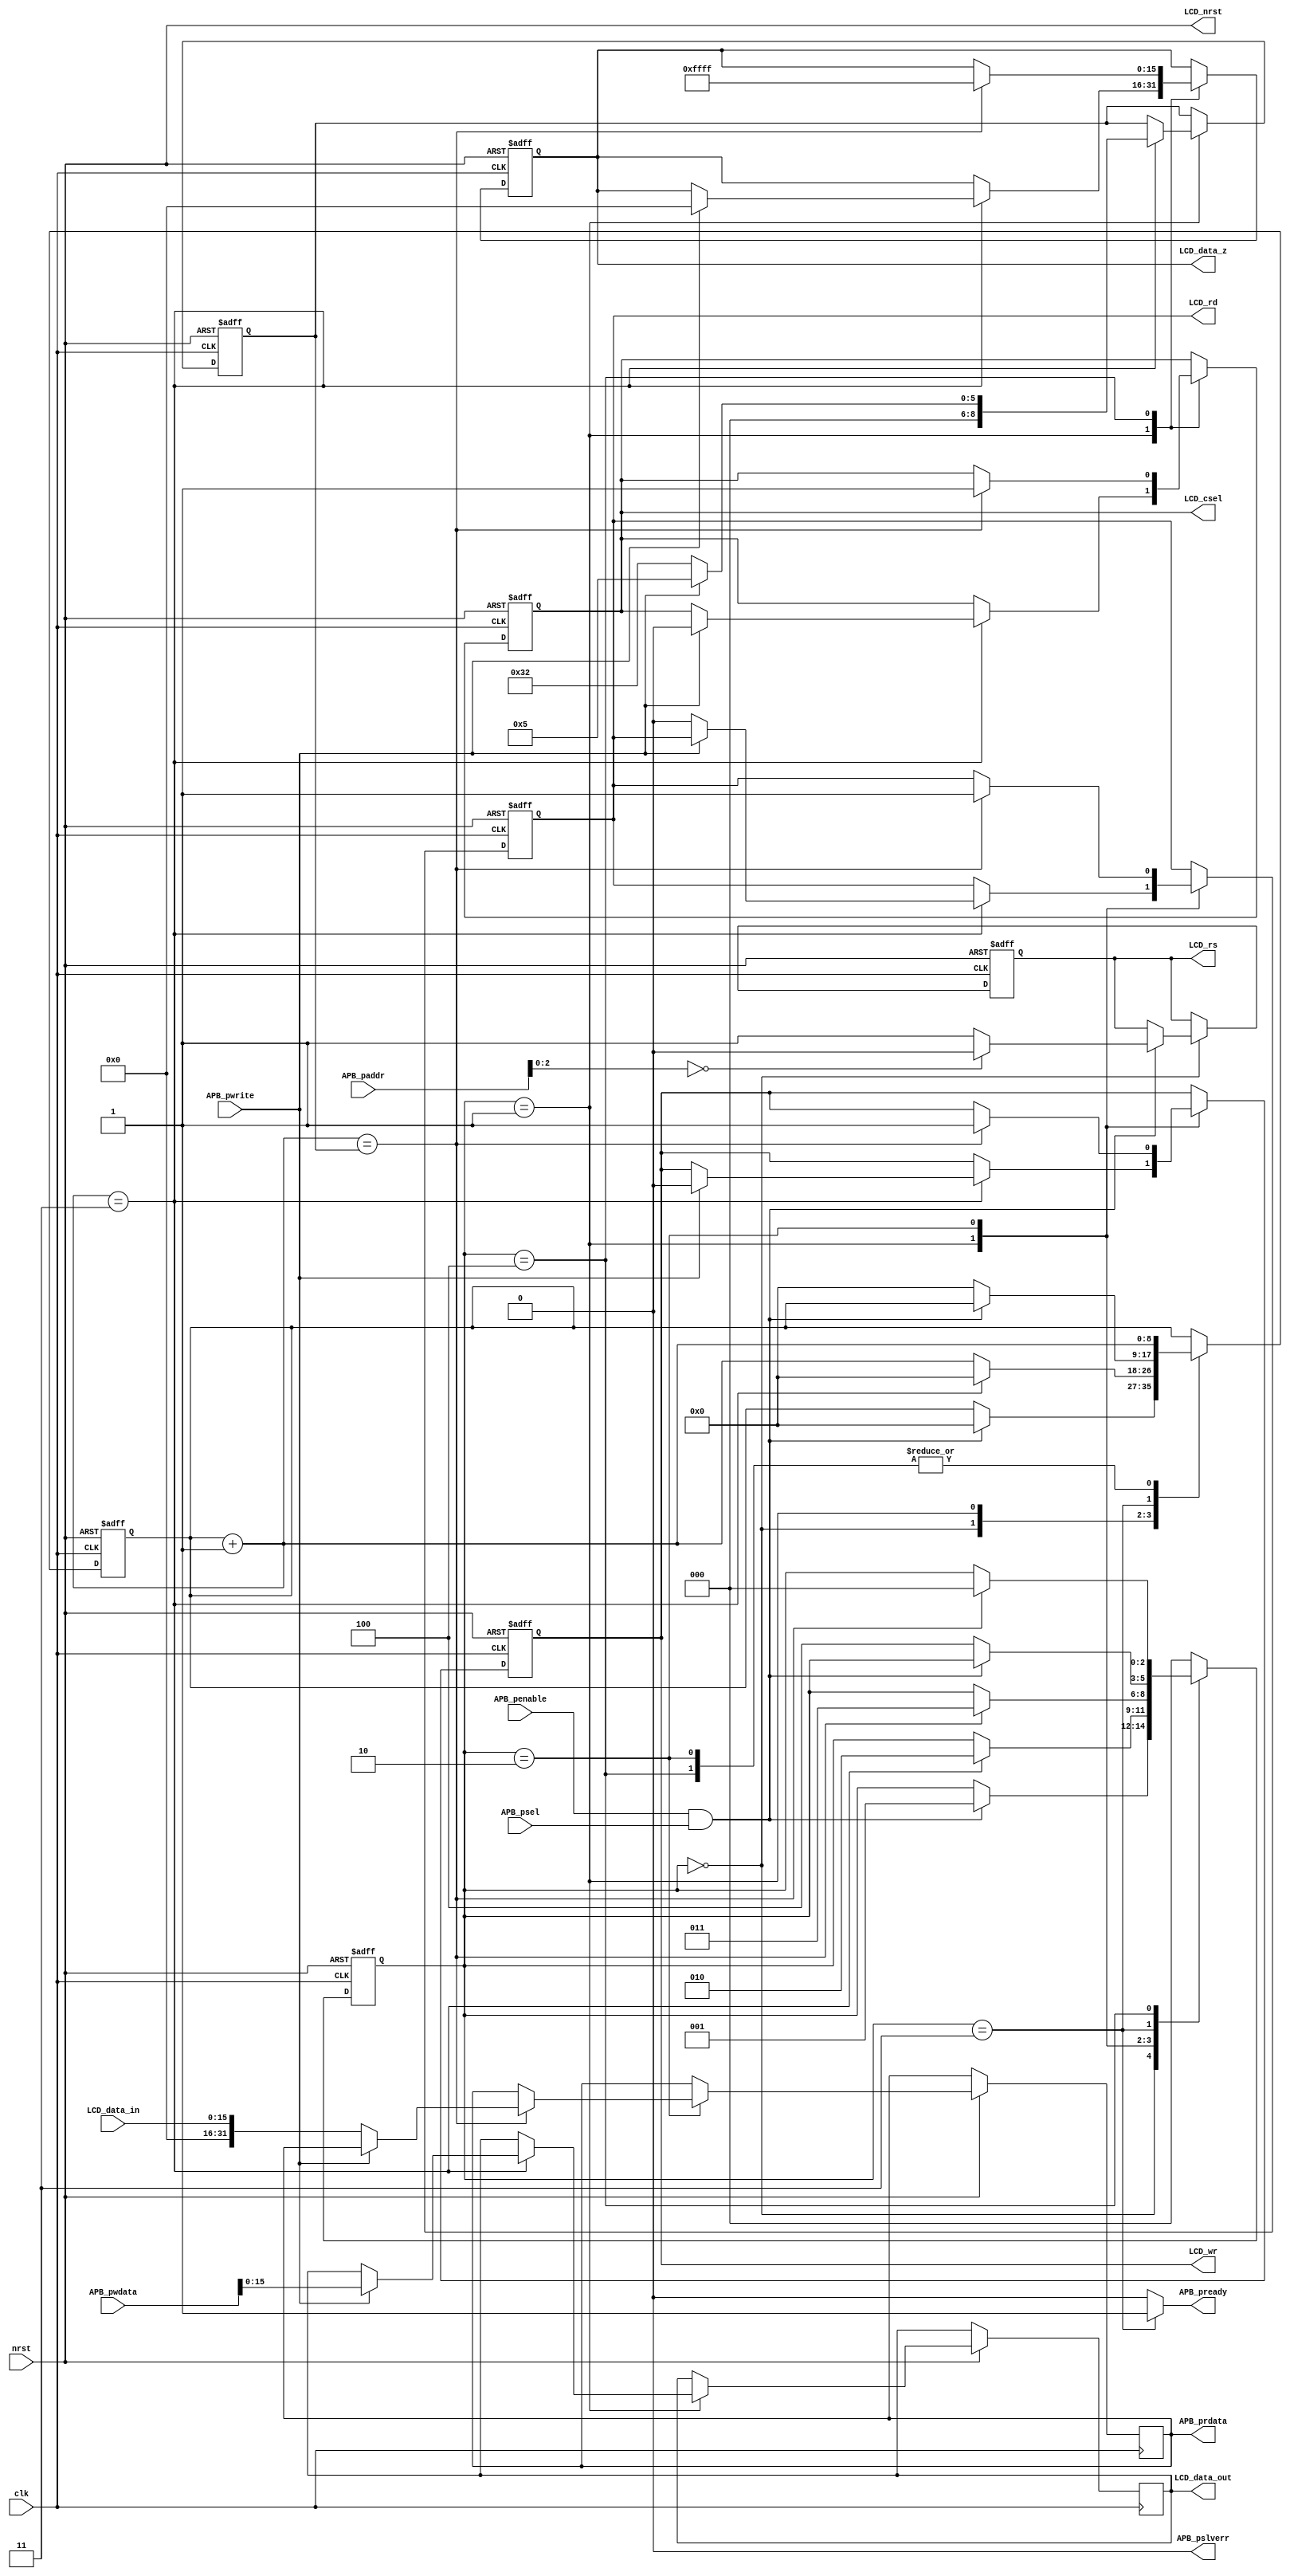
`define APB_INSTRUCTION_ADDR	(3'b000)
`define APB_DATA_ADDR			(3'b100)

`define APH_FSM_SETUP			(0)
`define APH_FSM_SETUP_RS		(1)
`define APH_FSM_ACCESS			(2)
`define APH_FSM_READY			(3)
`define APH_FSM_STALL			(4)

`define NT35510_RD_CYCLE		(50)
`define NT35510_WR_CYCLE		(5)
`define NT35510_RS_CYCLE		(3)

module nt35510_apb_adapter_v1_0 (
	// Clock and reset
	input  wire nrst,
	input  wire clk,

	// APB Bus i/f
	input  wire [31:0] APB_paddr,
	input  wire        APB_psel,
	input  wire        APB_penable,
	input  wire        APB_pwrite,
	input  wire [31:0] APB_pwdata,
	output wire        APB_pready,
	output reg  [31:0] APB_prdata,
	output wire        APB_pslverr,

	// NT35510 LCD driver i/f
	output wire        LCD_nrst,
	output reg         LCD_csel,
	output reg         LCD_rs,
	output reg         LCD_wr,
	output reg         LCD_rd,
	input  wire [15:0] LCD_data_in,
	output reg  [15:0] LCD_data_out,
	output reg  [15:0] LCD_data_z
);

	reg [2:0] state;
	reg [8:0] cyclecount;
	reg [8:0] targetcount;

    assign APB_pslverr = 1'b0;
	assign APB_pready = (state == `APH_FSM_READY) ? 1'b1 : 1'b0;

    assign LCD_nrst = nrst;

	always @(posedge clk, negedge nrst) begin
		if (~nrst) begin
			state <= `APH_FSM_SETUP;
			cyclecount <= 0;
			targetcount <= 0;
			LCD_csel <= 1'b1;
			LCD_wr <= 1'b1;
			LCD_rs <= 1'b0;
			LCD_rd <= 1'b1;
			LCD_data_z <= 16'hFFFF;
		end else begin
			case (state)
				`APH_FSM_SETUP: begin
					if (APB_penable&APB_psel) begin
                        LCD_rs <= (APB_paddr[2:0] == `APB_INSTRUCTION_ADDR) ? 1'b0 : 1'b1;
						state <= `APH_FSM_SETUP_RS;
						cyclecount <= 0;
					end
				end
				`APH_FSM_SETUP_RS: begin
				    cyclecount = cyclecount + 1;
                    if (cyclecount == `NT35510_RS_CYCLE) begin
                        cyclecount <= 0;
                        if (APB_pwrite) begin
                            LCD_csel <= 1'b0;
                            LCD_data_z <= 16'h0000;
                            LCD_data_out <= APB_pwdata[15:0];
                            LCD_wr <= 1'b0;
                            targetcount <= `NT35510_WR_CYCLE;
                        end else begin
                            LCD_rd <= 1'b0;
                            targetcount <= `NT35510_RD_CYCLE;
                        end
                        state <= `APH_FSM_ACCESS;
                    end
				end
				`APH_FSM_ACCESS: begin
					cyclecount = cyclecount + 1;
					if (cyclecount == targetcount) begin
						if (~APB_pwrite) begin
							APB_prdata <= {16'b0, LCD_data_in};
						end
						LCD_wr <= 1'b1;
						LCD_rd <= 1'b1;
						state <= `APH_FSM_READY;
					end
				end
				`APH_FSM_READY: begin
				    if (~(APB_penable&APB_psel)) begin
                        cyclecount = 0;
						state <= `APH_FSM_STALL;
					end
				end
				`APH_FSM_STALL: begin
                    cyclecount = cyclecount + 1;
                    if (cyclecount == targetcount) begin
                        state <= `APH_FSM_SETUP;
                        LCD_csel <= 1'b1;
                        LCD_data_z <= 16'hFFFF;
                    end
                end
				default: begin
					state <= `APH_FSM_SETUP;
				end
			endcase
		end
	end

endmodule